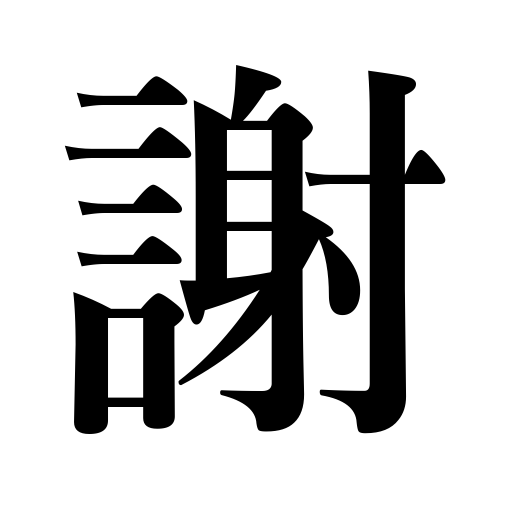
Meanings: apologize,decline,be floored,take one's leave,thank,refuse